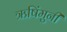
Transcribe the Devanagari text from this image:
ऋषिंमुनी